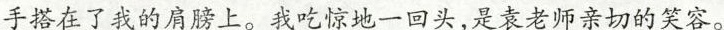
手搭在了我的肩膀上。我吃惊地一回头，是袁老师亲切的笑容。